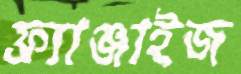
ফ্র্যাঞ্জাইজ